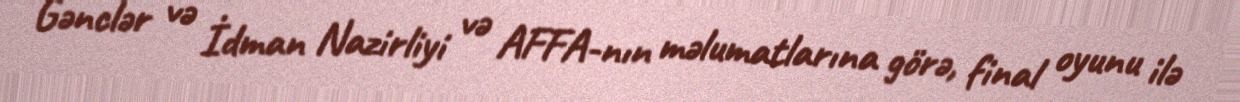
Gənclər və İdman Nazirliyi və AFFA-nın məlumatlarına görə, final oyunu ilə